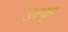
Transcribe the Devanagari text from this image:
उत्कृ